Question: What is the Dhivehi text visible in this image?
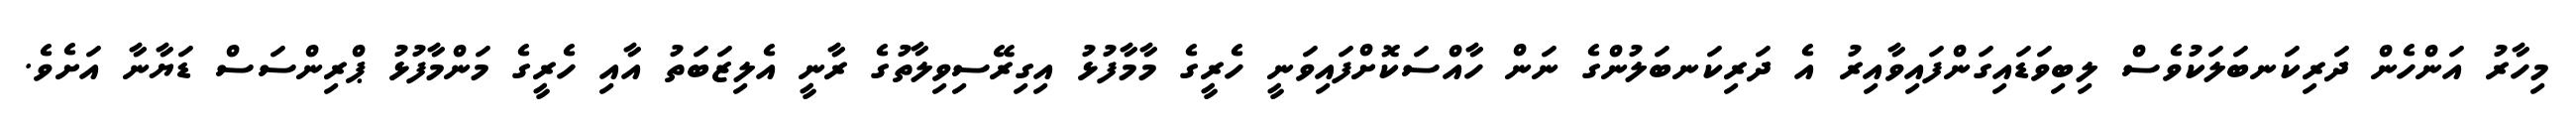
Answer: މިހާރު އަންހެން ދަރިކަނބަލަކުވެސް ލިބިވަޑައިގަންފައިވާއިރު އެ ދަރިކަނބަލުންގެ ނަން ހާއްސަކޮށްފައިވަނީ ހެރީގެ މާމާފުޅު އިގިރޭސިވިލާތުގެ ރާނީ އެލިޒަބަތު އާއި ހެރީގެ މަންމާފުޅު ޕްރިންސަސް ޑަޔާނާ އަށެވެ.